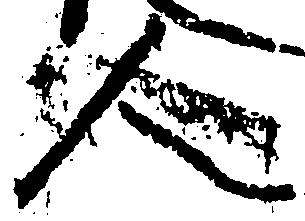
人